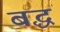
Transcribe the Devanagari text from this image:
बद्धं